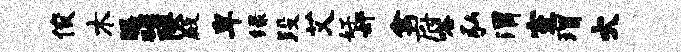
俊木膳碌陕殿卑绿段艾好奸禽府嗒弘渭室瑁火